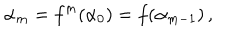
LaTeX: \alpha _ { m } = f ^ { m } ( \alpha _ { 0 } ) = f ( \alpha _ { m - 1 } ) \, ,